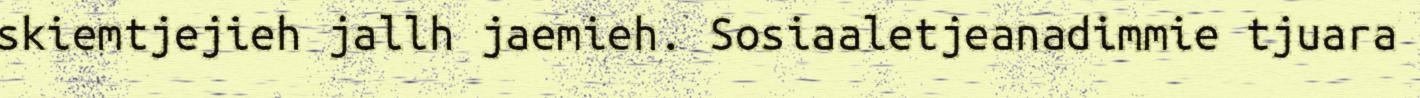
skiemtjejieh jallh jaemieh. Sosiaaletjeanadimmie tjuara